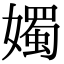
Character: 𪦨